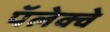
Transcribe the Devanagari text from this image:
पॅलेक्वे